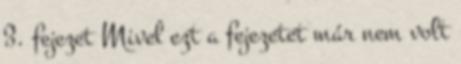
3. fejezet Mivel ezt a fejezetet már nem volt